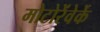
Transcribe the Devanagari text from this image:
मोटोरेंवेर्के